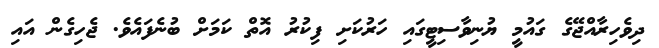
ދިވެހިރާއްޖޭގެ ގައުމީ ޔުނިވާސިޓީގައި ހަރުކަށި ފިކުރު އޮތް ކަމަށް ބުނެފައެވެ. ޖެހިގެން އައި